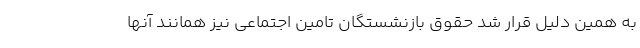
به همین دلیل قرار شد حقوق بازنشستگان تامین اجتماعی نیز همانند آنها